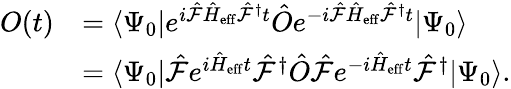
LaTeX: \begin{array}{rl}{O(t)}&{=\langle\Psi_{0}|e^{i\hat{\mathcal{F}}\hat{H}_{\mathrm{eff}}\hat{\mathcal{F}}^{\dagger}t}\hat{O}e^{-i\hat{\mathcal{F}}\hat{H}_{\mathrm{eff}}\hat{\mathcal{F}}^{\dagger}t}|\Psi_{0}\rangle}\\ &{=\langle\Psi_{0}|\hat{\mathcal{F}}e^{i\hat{H}_{\mathrm{eff}}t}\hat{\mathcal{F}}^{\dagger}\hat{O}\hat{\mathcal{F}}e^{-i\hat{H}_{\mathrm{eff}}t}\hat{\mathcal{F}}^{\dagger}|\Psi_{0}\rangle.}\end{array}